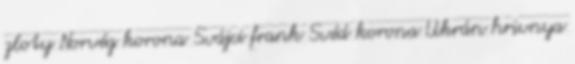
zloty Norvég korona Svájci frank Svéd korona Ukrán hrivnya